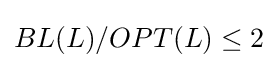
BL(L)/OPT(L)\leq 2